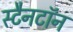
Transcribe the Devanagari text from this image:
स्टैनटॉन